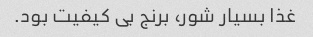
غذا بسیار شور، برنج بی کیفیت بود.